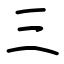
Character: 三